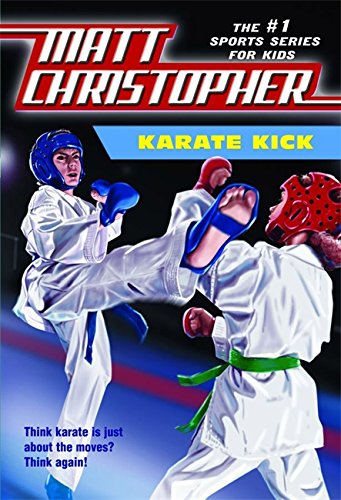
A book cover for Karate Kick (Matt Christopher Sports Fiction); Matt Christopher; Children's Books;